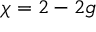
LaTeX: \chi = 2 - 2 g